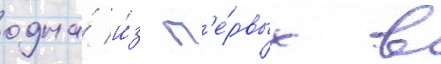
одна́ и́з п'е́рвых в